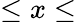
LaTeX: \leq x\leq